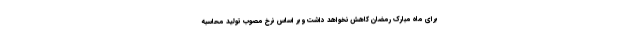
برای ماه مبارک رمضان کاهش نخواهد داشت و بر اساس نرخ مصوب تولید محاسبه